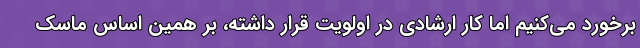
برخورد می‌کنیم اما کار ارشادی در اولویت قرار داشته، بر همین اساس ماسک